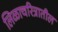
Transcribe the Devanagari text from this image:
लिळाचरित्रातील